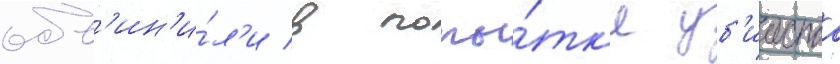
обв'ин'и́л'и в попы́тк'е уб'ииства